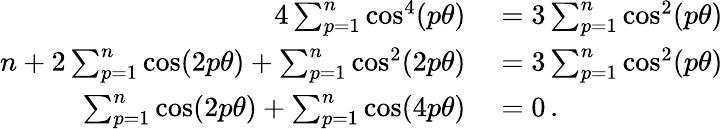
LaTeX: \begin{array}{rl}{4\sum_{p=1}^{n}\cos^{4}(p\theta)}&{{}=3\sum_{p=1}^{n}\cos^{2}(p\theta)}\\ {n+2\sum_{p=1}^{n}\cos(2p\theta)+\sum_{p=1}^{n}\cos^{2}(2p\theta)}&{{}=3\sum_{p=1}^{n}\cos^{2}(p\theta)\, }\\ {\sum_{p=1}^{n}\cos(2p\theta)+\sum_{p=1}^{n}\cos(4p\theta)}&{{}=0\, .}\end{array}